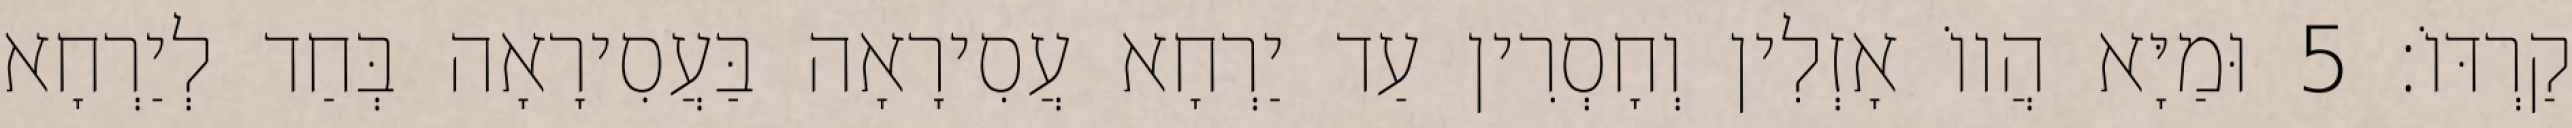
קַרְדּוֹ׃ 5 וּמַיָּא הֲווֹ אָזְלִין וְחָסְרִין עַד יַרְחָא עֲסִירָאָה בַּעֲסִירָאָה בְּחַד לְיַרְחָא